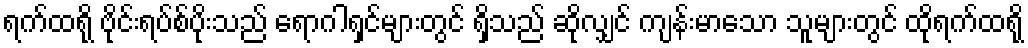
ရက်ထရို ဗိုင်းရပ်စ်ပိုးသည် ရောဂါရှင်များတွင် ရှိသည် ဆိုလျှင် ကျန်းမာသော သူများတွင် ထိုရက်ထရို